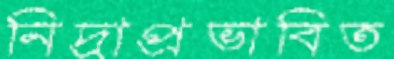
নিদ্রাপ্রভাবিত